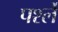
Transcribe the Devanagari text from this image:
पर्श्ले